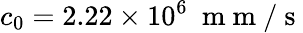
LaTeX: c_{0}=2.22\times 10^{6}~\mathrm{~m~m~/~s~}